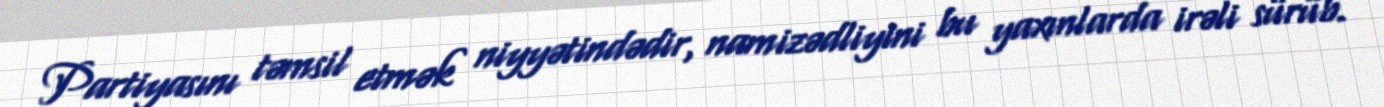
Partiyasını təmsil etmək niyyətindədir, namizədliyini bu yaxınlarda irəli sürüb.